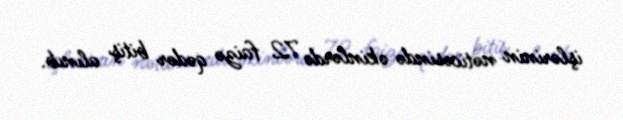
işlərinin nəticəsində əkinlərdə 72 faizə qədər bitiş alınıb.